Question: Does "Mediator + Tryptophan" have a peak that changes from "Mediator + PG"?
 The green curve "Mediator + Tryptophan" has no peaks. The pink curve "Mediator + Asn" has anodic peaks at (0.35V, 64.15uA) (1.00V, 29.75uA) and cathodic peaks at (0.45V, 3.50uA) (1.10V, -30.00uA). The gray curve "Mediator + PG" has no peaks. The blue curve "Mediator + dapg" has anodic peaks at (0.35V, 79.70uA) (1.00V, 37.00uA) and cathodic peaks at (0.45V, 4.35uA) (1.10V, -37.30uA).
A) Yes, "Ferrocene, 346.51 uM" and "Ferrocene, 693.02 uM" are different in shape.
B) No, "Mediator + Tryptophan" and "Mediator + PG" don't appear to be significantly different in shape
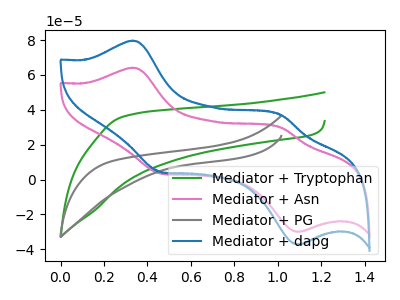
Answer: <think>Neither "Mediator + Tryptophan" or "Mediator + PG" have any peaks.
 </think>
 <answer>B) No, "Mediator + Tryptophan" and "Mediator + PG" don't appear to be significantly different in shape</answer>
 <eval>B</eval>